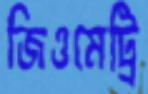
জিওমেট্রি